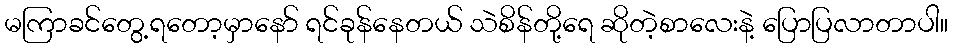
မကြာခင်တွေ့ရတော့မှာနော် ရင်ခုန်နေတယ် သဲစိန်တို့ရေ ဆိုတဲ့စာလေးနဲ့ ပြောပြလာတာပါ။